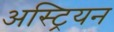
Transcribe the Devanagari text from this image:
अस्ट्रियन